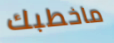
ماخطبك